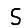
Digit: 5